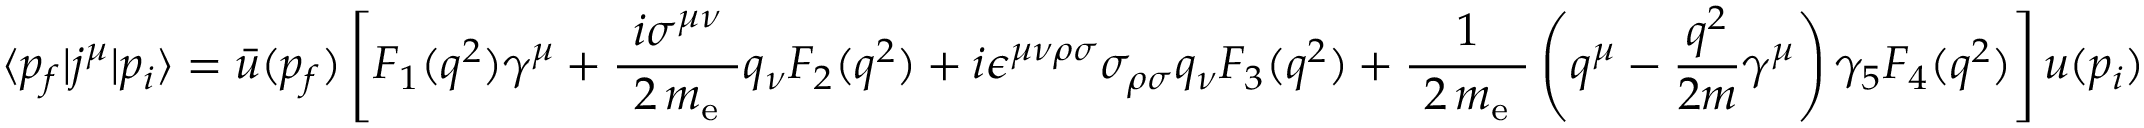
\langle p _ { f } | j ^ { \mu } | p _ { i } \rangle = { \bar { u } } ( p _ { f } ) \left[ F _ { 1 } ( q ^ { 2 } ) \gamma ^ { \mu } + { \frac { ~ i \sigma ^ { \mu \nu } ~ } { ~ 2 \, m _ { \mathrm { e } } ~ } } q _ { \nu } F _ { 2 } ( q ^ { 2 } ) + i \epsilon ^ { \mu \nu \rho \sigma } \sigma _ { \rho \sigma } q _ { \nu } F _ { 3 } ( q ^ { 2 } ) + { \frac { 1 } { ~ 2 \, m _ { \mathrm { e } } ~ } } \left( q ^ { \mu } - { \frac { q ^ { 2 } } { 2 m } } \gamma ^ { \mu } \right) \gamma _ { 5 } F _ { 4 } ( q ^ { 2 } ) \right] u ( p _ { i } )